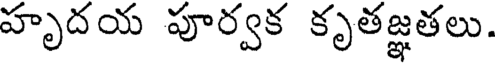
హృదయ పూర్వక కృతజ్ఞతలు.